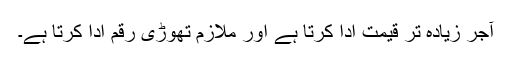
آجر زیادہ تر قیمت ادا کرتا ہے اور ملازم تھوڑی رقم ادا کرتا ہے۔